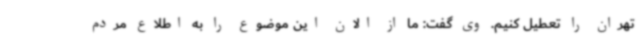
تهران را تعطیل کنیم. وی گفت: ما از الان این موضوع را به اطلاع مردم